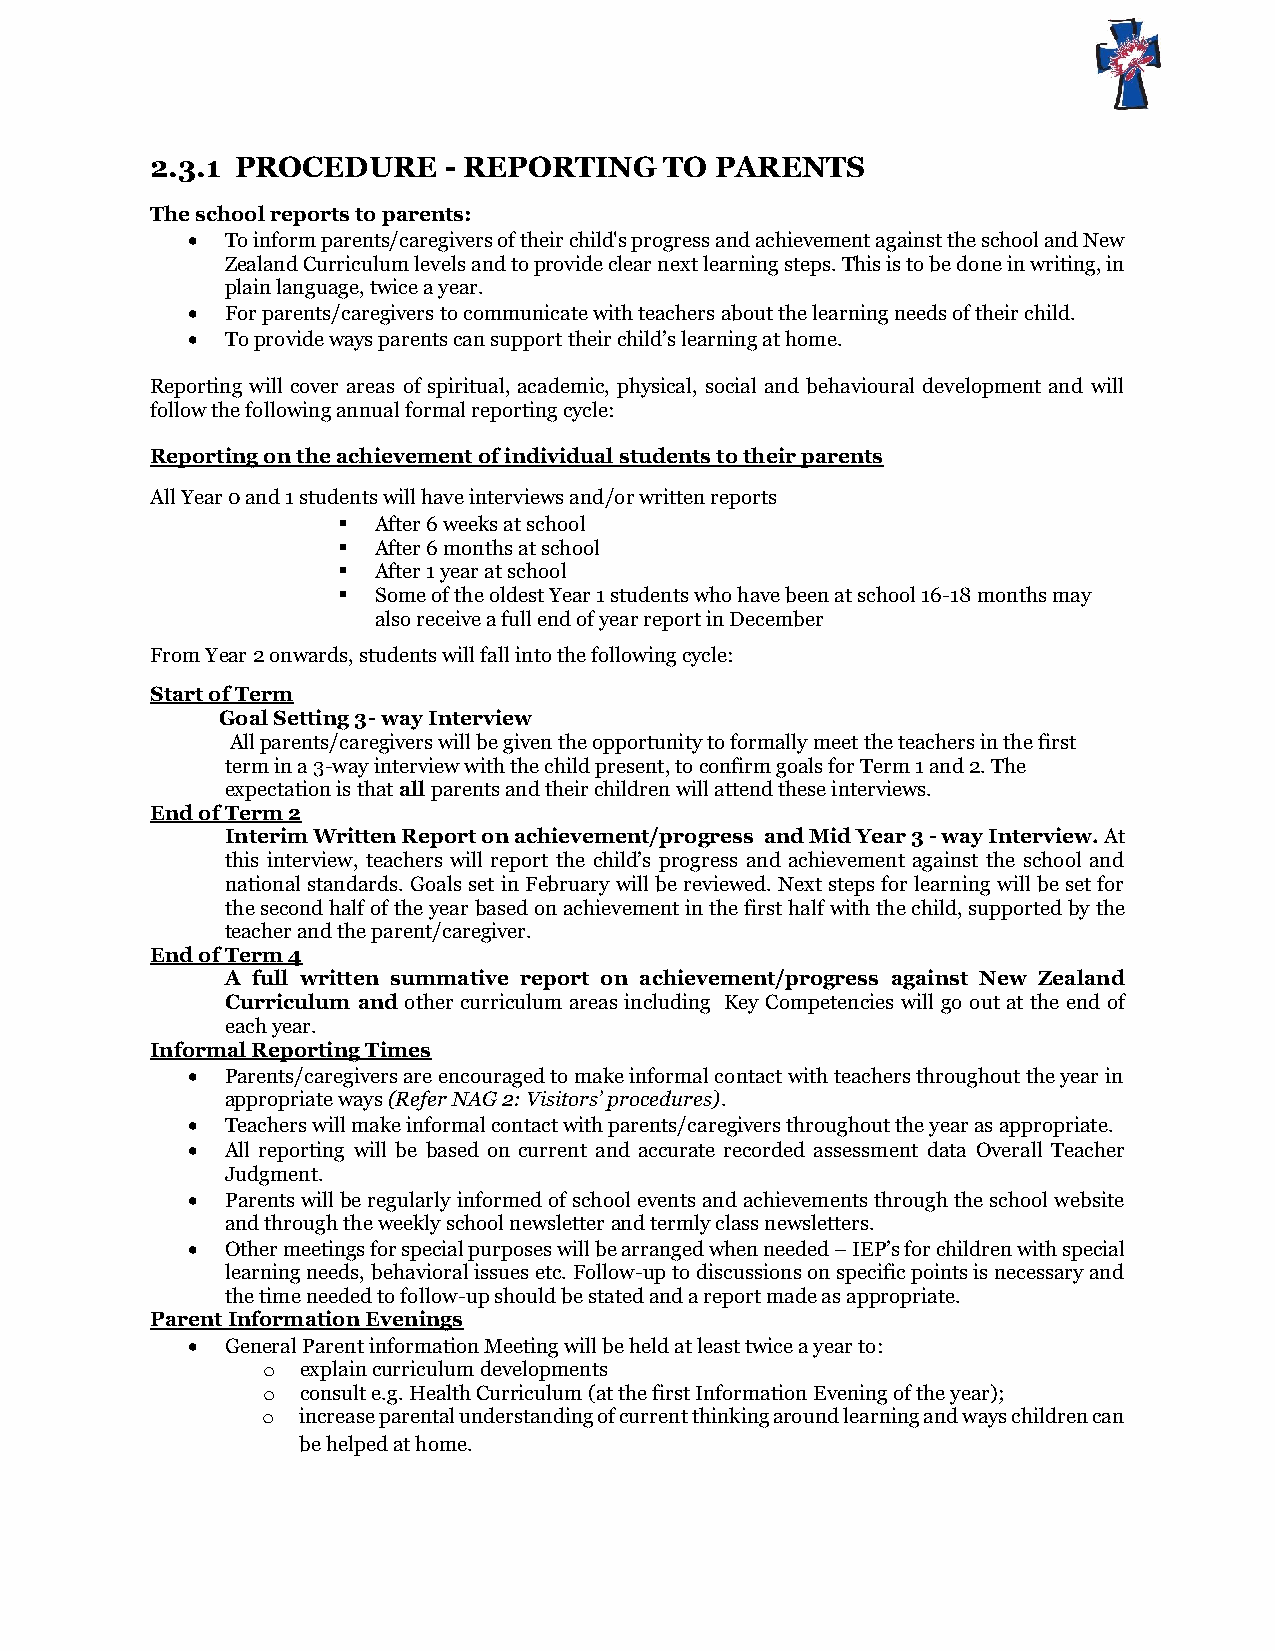
2.3.1 PROCEDURE    - REPORTING    TO PARENTS
 The school reports to parents:
   To inform parents/caregivers of their child's progress and achievement against the school and New
 Zealand Curriculum levels and to provide clear next learning steps. This is to be done in writing, in
 plain language, twice a year.
   For parents/caregivers to communicate with teachers about the learning needs of their child.
   To provide ways parents can support their child’s learning at home.
 Reporting will cover areas of spiritual, academic, physical, social and behavioural development and will
 follow the following annual formal reporting cycle:
 Reporting on the achievement of individual students to their parents
 All Year 0 and 1 students will have interviews and/or written reports
   After 6 weeks at school
   After 6 months at school
   After 1 year at school
   Some of the oldest Year 1 students who have been at school 16-18 months may
 also receive a full end of year report in December
 From Year 2 onwards, students will fall into the following cycle:
 Start of Term
 Goal Setting 3- way Interview
 All parents/caregivers will be given the opportunity to formally meet the teachers in the first
 term in a 3-way interview with the child present, to confirm goals for Term 1 and 2. The
 expectation is that all parents and their children will attend these interviews.
 End of Term 2
 Interim Written Report on achievement/progress and Mid Year 3 - way Interview. At
 this interview, teachers will report the child’s progress and achievement against the school and
 national standards. Goals set in February will be reviewed. Next steps for learning will be set for
 the second half of the year based on achievement in the first half with the child, supported by the
 teacher and the parent/caregiver.
 End of Term 4
 A full written summative report on achievement/progress against New Zealand
 Curriculum and other curriculum areas including Key Competencies will go out at the end of
 each year.
 Informal Reporting Times
   Parents/caregivers are encouraged to make informal contact with teachers throughout the year in
 appropriate ways (Refer NAG 2: Visitors’ procedures).
   Teachers will make informal contact with parents/caregivers throughout the year as appropriate.
   All reporting will be based on current and accurate recorded assessment data Overall Teacher
 Judgment.
   Parents will be regularly informed of school events and achievements through the school website
 and through the weekly school newsletter and termly class newsletters.
   Other meetings for special purposes will be arranged when needed – IEP’s for children with special
 learning needs, behavioral issues etc. Follow-up to discussions on specific points is necessary and
 the time needed to follow-up should be stated and a report made as appropriate.
 Parent Information Evenings
   General Parent information Meeting will be held at least twice a year to:
 o  explain curriculum developments
 o  consult e.g. Health Curriculum (at the first Information Evening of the year);
 o  increase parental understanding of current thinking around learning and ways children can
 be helped at home.